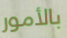
بالأمور